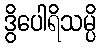
ဒွိပေါရိသမ္ပိ